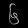
Digit: ၆